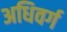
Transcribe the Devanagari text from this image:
अधिवर्ग